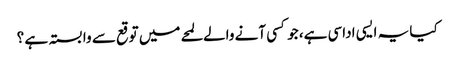
کیا یہ ایسی اداسی ہے، جو کسی آنے والے لمحے میں توقع سے وابستہ ہے ؟